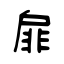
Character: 扉